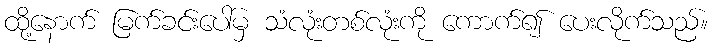
ထို့နောက် မြက်ခင်းပေါ်မှ သံလုံးတစ်လုံးကို ကောက်၍ ပေးလိုက်သည်။